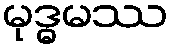
မုဒ္ဓမဿ